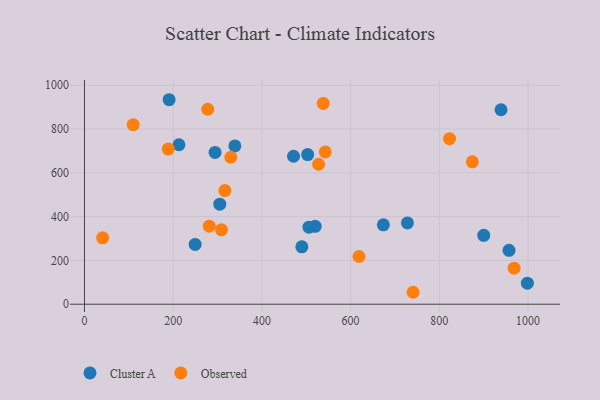
{"axis": {"x": "Study Hours", "y": "Rating"}, "legend": ["Cluster A", "Observed"], "data": [{"x": "249.5", "y": 273.0, "type": "Cluster A"}, {"x": "490.0", "y": 262.2, "type": "Cluster A"}, {"x": "503.2", "y": 683.1, "type": "Cluster A"}, {"x": "900.1", "y": 314.7, "type": "Cluster A"}, {"x": "339.1", "y": 722.7, "type": "Cluster A"}, {"x": "728.1", "y": 371.2, "type": "Cluster A"}, {"x": "190.8", "y": 933.6, "type": "Cluster A"}, {"x": "471.3", "y": 675.5, "type": "Cluster A"}, {"x": "305.0", "y": 456.8, "type": "Cluster A"}, {"x": "998.5", "y": 96.1, "type": "Cluster A"}, {"x": "294.4", "y": 693.2, "type": "Cluster A"}, {"x": "939.1", "y": 887.8, "type": "Cluster A"}, {"x": "520.2", "y": 355.5, "type": "Cluster A"}, {"x": "957.1", "y": 246.2, "type": "Cluster A"}, {"x": "673.8", "y": 362.5, "type": "Cluster A"}, {"x": "213.0", "y": 728.0, "type": "Cluster A"}, {"x": "506.1", "y": 351.9, "type": "Cluster A"}, {"x": "329.9", "y": 670.9, "type": "Observed"}, {"x": "316.6", "y": 518.6, "type": "Observed"}, {"x": "618.9", "y": 217.8, "type": "Observed"}, {"x": "823.1", "y": 755.8, "type": "Observed"}, {"x": "281.3", "y": 356.1, "type": "Observed"}, {"x": "874.4", "y": 649.9, "type": "Observed"}, {"x": "542.9", "y": 695.1, "type": "Observed"}, {"x": "109.8", "y": 819.5, "type": "Observed"}, {"x": "188.9", "y": 708.4, "type": "Observed"}, {"x": "968.6", "y": 164.4, "type": "Observed"}, {"x": "40.9", "y": 302.9, "type": "Observed"}, {"x": "277.9", "y": 890.0, "type": "Observed"}, {"x": "527.8", "y": 639.0, "type": "Observed"}, {"x": "308.9", "y": 339.4, "type": "Observed"}, {"x": "740.9", "y": 54.5, "type": "Observed"}, {"x": "538.2", "y": 916.7, "type": "Observed"}]}